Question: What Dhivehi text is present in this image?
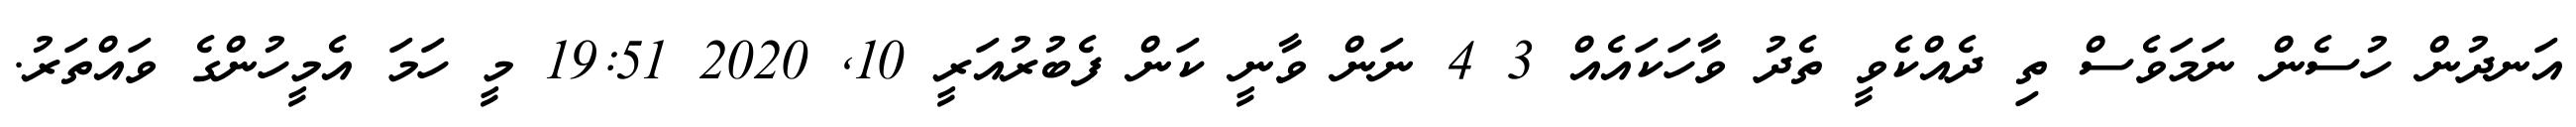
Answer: އަނދުން ހުސެން ނަމަވެސް ތި ދެއްކެވީ ތެދު ވާހަކައެއް 3 4 ނަން ވާނީ ކަން ފެބުރުއަރީ 10, 2020 19:51 މީ ހަމަ އެމީހުންގެ ވައްތަރު.